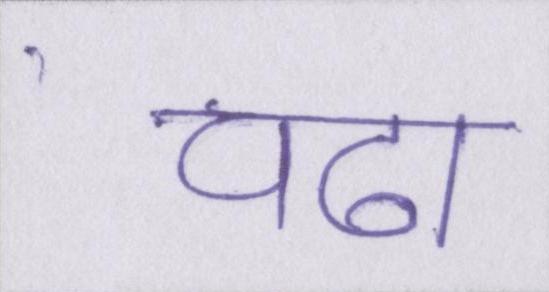
चढा